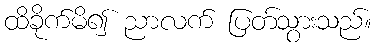
ထိခိုက်မိ၍ ညာလက် ပြတ်သွားသည်။